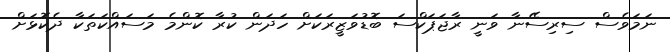
ނަމަވެސް ސިރިސޭނާ ވަނީ ރާޖަޕަކްސަ ބޮޑުވަޒީރަކަށް ހަދަން ކުރާ ކޮންމެ މަސައްކަތަކާ ދެކޮޅަށް